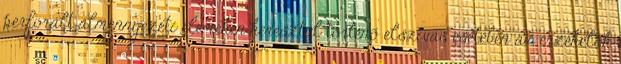
perforált álmennyezeti elemeken keresztül történõ elszívás esetében az érzékelõk